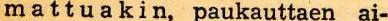
mattuakin, paukauttaen ai-